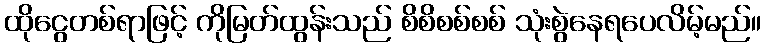
ထိုငွေတစ်ရာဖြင့် ကိုမြတ်ထွန်းသည် စိစိစစ်စစ် သုံးစွဲနေရပေလိမ့်မည်။